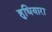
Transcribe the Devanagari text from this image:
हुधियारा